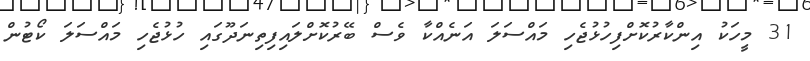
31 މީހަކު އިންކާރުކޮށްފިހުޅުޖެހި މައްސަލަ އަނެއްކާ ވެސް ބޭރުކޮށްލައިފިތިނަދޫގައި ހުޅުޖެހި މައްސަލަ ކޯޓުން